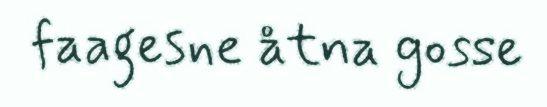
faagesne åtna gosse